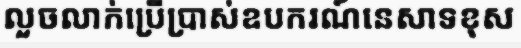
លួចលាក់ប្រើប្រាស់ឧបករណ៍នេសាទខុស